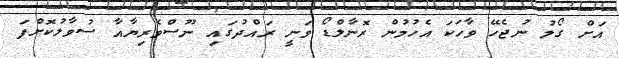
އަށް ގޯލު ނުޖެހޭ ވާހަކަ އެހުމުން ރޮނާލްޑޯ ވަނީ ރައްދުގައި ނޫސްވެރިޔާއާ ސުވާލުކޮށްފަ